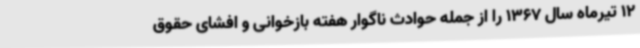
12 تیرماه سال 1367 را از جمله حوادث ناگوار هفته بازخوانی و افشای حقوق